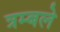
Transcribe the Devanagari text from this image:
त्रम्बले